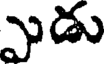
ఎడు